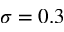
\sigma = 0 . 3